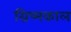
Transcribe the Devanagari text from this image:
ग्रिष्मकाल